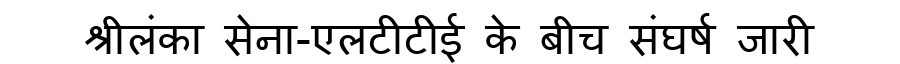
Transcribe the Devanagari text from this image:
श्रीलंका सेना-एलटीटीई के बीच संघर्ष जारी